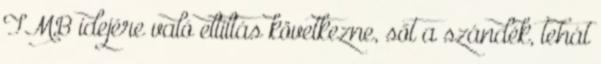
TMB idejére való eltiltás következne, sőt a szándék, tehát